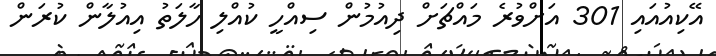
އޭކިއުއައި 301 އަށްވުރެ މައްޗަށް ދިއުމުން ސިއްހީ ކުއްލި ހާލަތު އިއުލާން ކުރަން